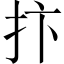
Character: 抃